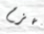
تهزم